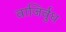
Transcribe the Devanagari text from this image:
वाजिर्वुध